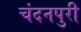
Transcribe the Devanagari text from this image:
चंदनपुरी